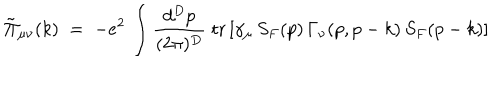
{ \tilde { \Pi } } _ { \mu \nu } ( k ) \; = \; - e ^ { 2 } \, \int \frac { d ^ { D } p } { ( 2 \pi ) ^ { D } } \; \mathrm { t r } \left[ \gamma _ { \mu } \, S _ { F } ( p ) \, \Gamma _ { \nu } ( p , p - k ) \, S _ { F } ( p - k ) \right]